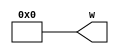
// To Attatch to 0V Low 
module make_zero (w);
    output reg [15:0] w = 16'b0000;
endmodule